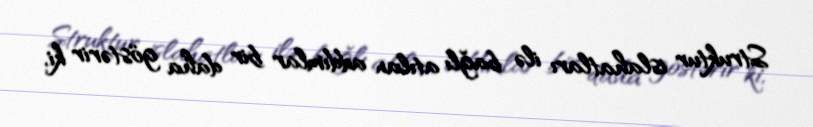
Struktur islahatları ilə bağlı atılan addımlar bir daha göstərir ki,